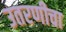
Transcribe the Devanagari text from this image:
उतरणीचा